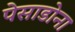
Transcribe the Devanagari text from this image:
पेसाडोना